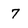
Character: 7